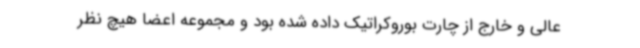
عالی و خارج از چارت بوروکراتیک داده شده بود و مجموعه اعضا هیچ نظر